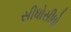
સીધોસીધો